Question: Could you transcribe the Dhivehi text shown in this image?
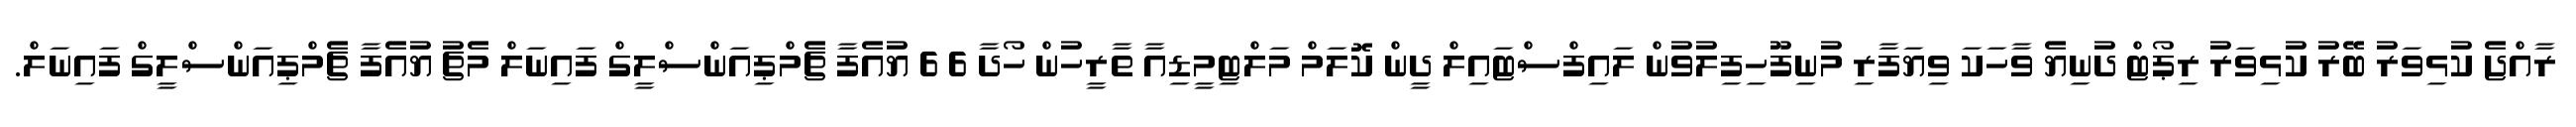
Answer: ރާއްޖެ ކުޅިވަރު ބޭރު ކުޅިވަރު ރިޕޯޓް ދުނިޔެ ވާހަކަ ވިޔަފާރި މުނިފޫހިފިލުވުން ލައިފްސްޓައިލް ދީން ކޮލަމް މަލްޓިމީޑިއާ ތާރީހުން ހޯދާ 6 6 ޔުއެފާ ޗެމްޕިއަންސްލީގް ފައިނަލް މެޗު ޔުއެފާ ޗެމްޕިއަންސްލީގް ފައިނަލް.